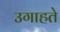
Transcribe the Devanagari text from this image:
उगाहते